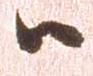
ハ